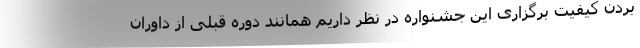
بردن کیفیت برگزاری این جشنواره در نظر داریم همانند دوره قبلی از داوران